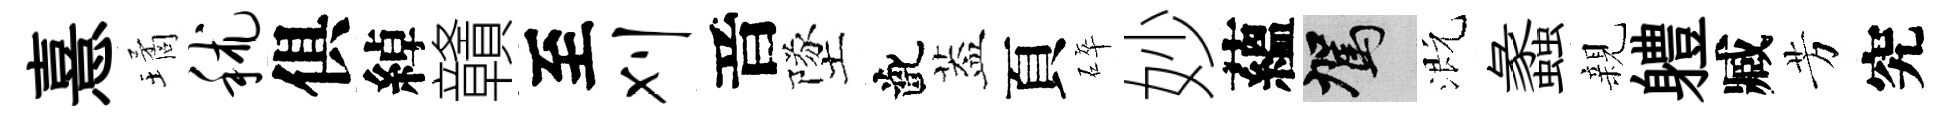
憙璚秫俱綽贛至刈音墜齔葢頁碎妙蘊駕溉蠡親軆臧芳究